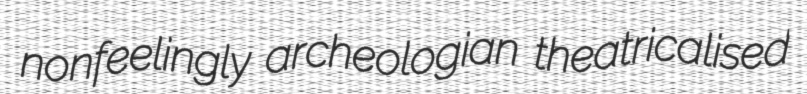
nonfeelingly archeologian theatricalised